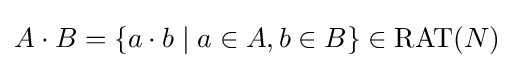
A\cdot B=\{a\cdot b\mid a\in A,b\in B\}\in \mathrm {RAT} (N)